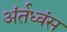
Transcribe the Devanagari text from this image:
अंर्तध्वंस